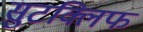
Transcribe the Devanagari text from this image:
सुटक्लिफ